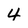
Character: 4